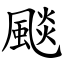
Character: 颷